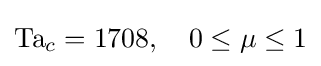
\mathrm {Ta} _{c}=1708,\quad 0\leq \mu \leq 1